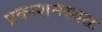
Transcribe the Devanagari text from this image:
प्रकाशनस्थळ